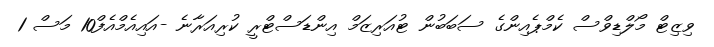
ވިޒިޓް މޯލްޑިވްސް ކެމްޕެއިންގެ ސަބަބުން ޓުއަރިޒަމް އިންޑަސްޓްރީ ކުރިއަރާނެ -އައިއެމްއެފް10 މަސް 1